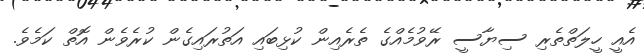
އެއީ ހީލަތްތެރި ސިޔާސީ ރޭވުމެއްގެ ތެރެއިން ކުޅިބައި އަތުރައިގެން ކުރެވެން އޮތް ކަމެވެ.